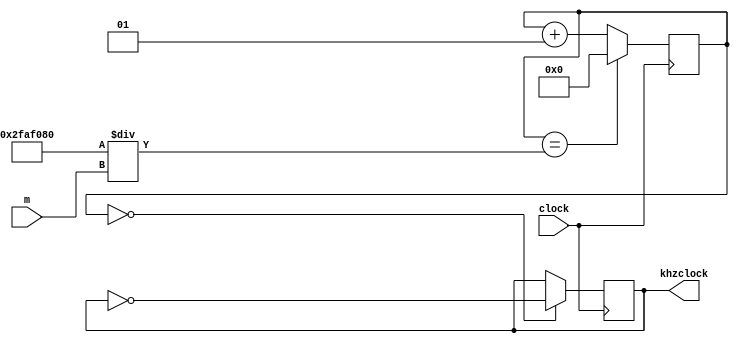
`timescale 1ns / 1ps
//////////////////////////////////////////////////////////////////////////////////
// Company: 
// Engineer: 
// 
// Design Name: 
// Module Name: Clock Divider
// Project Name: 
// Target Devices: 
// Tool Versions: 
// Description: 
// 
// Dependencies: 
// 
// Revision:
// Revision 0.01 - File Created
// Additional Comments:
// 
//////////////////////////////////////////////////////////////////////////////////


module Clock_mHz(
    input clock,
    input [31:0] m,
    output khzclock
    );
    
    integer khzcounter = 0; //regular clock ticker
    reg clocksignal = 1'b0;
    assign khzclock = clocksignal;
    
    always @(posedge clock)
    begin
        khzcounter <= (khzcounter ==50000000/m)? 0 : khzcounter + 1;
        clocksignal <= (khzcounter == 0)? ~clocksignal : clocksignal; //toggle the signal at the right frequency
    end

endmodule

module Clock_6p25mHz(
    input clock,
    output khzclock
    );
    
    integer khzcounter = 0; //regular clock ticker
    reg clocksignal = 1'b0;
    assign khzclock = clocksignal;
    
    always @(posedge clock)
    begin
        khzcounter <= (khzcounter == 8)? 0 : khzcounter + 1;
        clocksignal <= (khzcounter == 0)? ~clocksignal : clocksignal; //toggle the signal at the right frequency
    end

endmodule